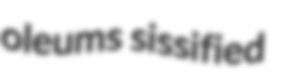
oleums sissified